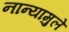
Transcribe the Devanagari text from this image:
नान्यामुले